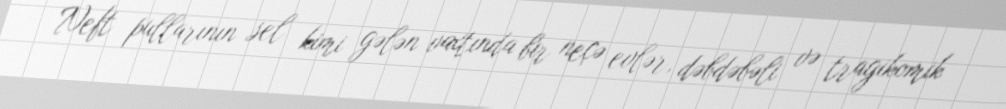
Neft pullarının sel kimi gələn vaxtında bir neçə evlər, dəbdəbəli və tragikomik